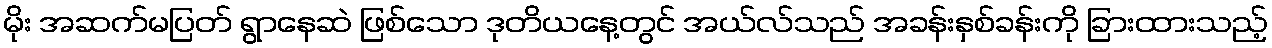
မိုး အဆက်မပြတ် ရွာနေဆဲ ဖြစ်သော ဒုတိယနေ့တွင် အယ်လ်သည် အခန်းနှစ်ခန်းကို ခြားထားသည့်